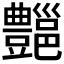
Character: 𰶣